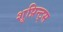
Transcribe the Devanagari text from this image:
शूप्रिन्ट्स